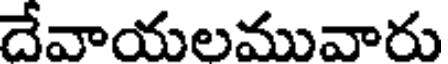
దేవాయలమువారు